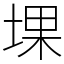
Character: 堁